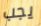
يجب